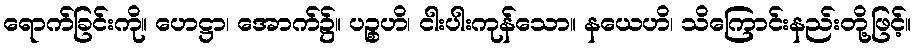
ရောက်ခြင်းကို။ ဟေဋ္ဌာ၊ အောက်၌။ ပဉ္စဟိ၊ ငါးပါးကုန်သော။ နယေဟိ၊ သိကြောင်းနည်းတို့ဖြင့်။